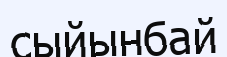
сыйынбай